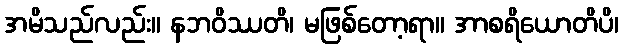
အမိသည်လည်း။ နဘဝိဿတိ၊ မဖြစ်တော့ရာ။ အာစရိယောတိပိ၊